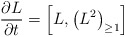
\begin{align*}{\partial L\over \partial t} = \left[L , \left(L^{2}\right)_{\geq1}\right]\end{align*}